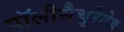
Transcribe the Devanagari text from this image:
पॉलीसैचुरेटेड